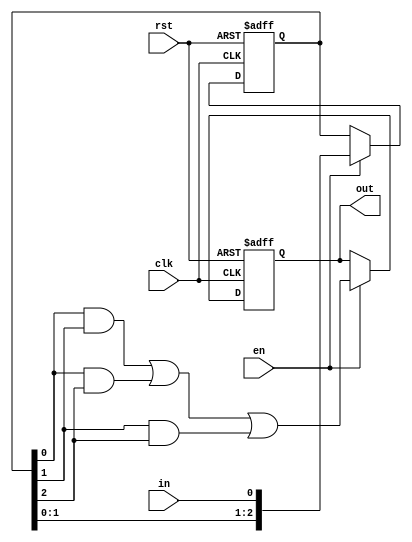
module data_sampler
(
  input  wire       clk,   
  input  wire       rst,
  
  input  wire       en,
  input  wire       in,  

  output reg        out 
);

  reg [2:0] sampled_bits;

  always @ (posedge clk or negedge rst)
    begin
      if (!rst)
        sampled_bits <= 1'b0;
      else if (en)
        sampled_bits <= {sampled_bits, in};   
    end

  //  By using a MAJORITY GATE for 3-INPUTS (X,Y,Z):  //
  //        (X && Y) || (X && Z) || (Y && Z)          //

  always @ (posedge clk or negedge rst)
    begin
      if (!rst)
        out <= 1'b0;
      else if (en)
        out <= ((sampled_bits[0] &&  sampled_bits[1]) || (sampled_bits[0] &&  sampled_bits[2]) || (sampled_bits[1] &&  sampled_bits[2]));
    end
endmodule